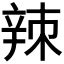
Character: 𫐛